system: You are a helpful assistant.
user:
Analyze the provided spectrum to determine if it is a **S-type Star**.

- **Key Indicators for S-type Star:**

    - **(Overall Spectrum Shape):** The first and most obvious characteristic is the overall continuum (the "baseline" shape). It is **extremely "red-sloping,"** meaning the flux (light intensity) is very low on the left side (blue, ~4000-4500 Å) and rises steeply and continuously toward the right side (red, ~7000 Å+).

    - **(Primary):** The spectrum is defined by the presence of strong, broad molecular absorption "valleys" (bands) from **Zirconium Oxide (ZrO)**. The identification of these bands is the **primary requirement** for classifying a star as S-type.
        - **(Key Bandheads):** You must find distinct, deep "dips" where the light has been absorbed. The most critical band systems to locate are:
            - **~6474 Å** ($\gamma$-system): This is often the strongest and clearest ZrO feature, found in the red part of the spectrum.
            - **~5718 Å** & **~5551 Å** ($\beta$-system): A pair of prominent absorption features in the yellow-orange part of the spectrum.
            - **~4640 Å** ($\alpha$-system): A key absorption band system in the blue-green region of the spectrum.

    - **(Secondary Confirmation):** The classification is strengthened by finding additional absorption bands from other related heavy element oxides, which are expected to be present alongside ZrO.
        - **(Key Bandheads):**
            - **Yttrium Oxide (YO):** Look for absorption dips near **~4800 Å** and **~6100 Å**.
            - **Lanthanum Oxide (LaO):** Additional absorption features, particularly in the red-orange part of the spectrum, are also characteristic.

    - **(Line Profile):** The combination of the steep red continuum and these numerous, deep molecular bands (ZrO, YO, etc.) gives the entire spectrum a very **"chopped-up"** or **"bumpy"** appearance. Instead of a smooth curve, the spectrum looks as though large, wide chunks of light have been "carved out" of it at the specific wavelengths listed above.

Think first, call **spectral_visualization_tool** if needed to examine features in detail, then provide your final answer. Your response must adhere to the following strict rules:
1.  **Overall Structure:** Your response must follow the format `<think>...</think> <tool_call>...</tool_call> (if a tool is used) <answer>...</answer>`.
2.  **Tool Usage Constraint:** You may only make **one** tool call per turn.
3.  **Final Answer Format:** In the `<answer>` tag, your conclusion must be inside a `\boxed{}` command (e.g., `\boxed{YES}` or `\boxed{NO}`), followed by your justification.

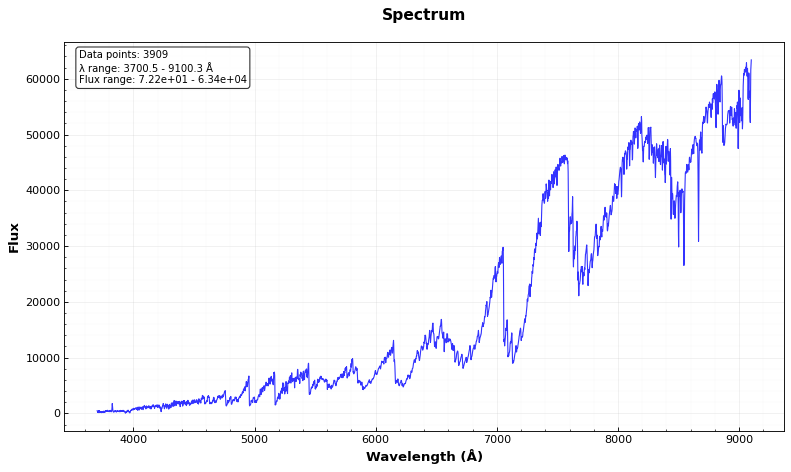
Answer: YES